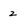
Character: z